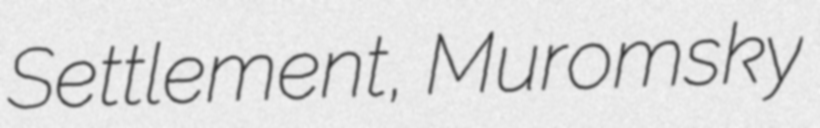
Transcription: Settlement, Muromsky